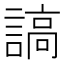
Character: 謞